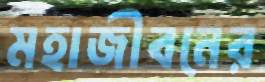
মহাজীবনের